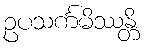
ဥပသင်္ကမိဿန္တိ